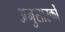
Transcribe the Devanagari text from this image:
अनुसारकों